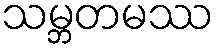
သမ္ဘတမဿ